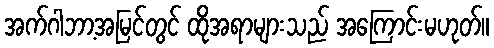
အက်ဂါဘာ့အမြင်တွင် ထိုအရာများသည် အကြောင်းမဟုတ်။